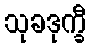
သုခဒုက္ခီ